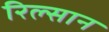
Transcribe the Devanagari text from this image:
रिल्सान